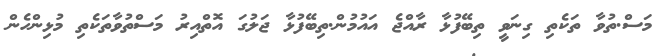
މަސް.ތުވާ ތަކެތި ގިނަވީ ތިބޭފުޅާ ރާއްޖެ އައުމުން.ތިބޭފުޅާ ޖަލުގަ އޮތްއިރު މަސްތުވާތަކެތި މުޅިންހެން